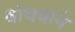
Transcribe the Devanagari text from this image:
बांधवाने